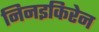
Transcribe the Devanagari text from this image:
निनइकिरेन